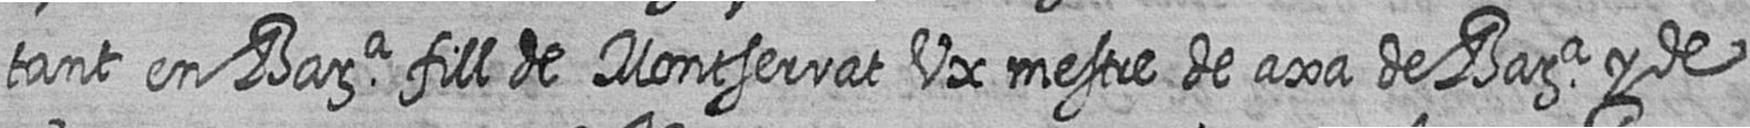
tant en Bara fill de Montserrat Ux mestre de axa de Bara y de